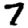
Digit: 7